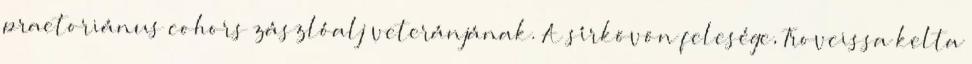
praetoriánus cohors zászlóalj veteránjának. A sírkövön felesége, Trovcissa kelta